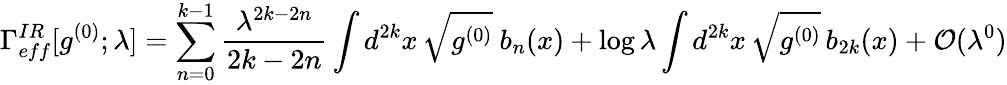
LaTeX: \Gamma_{eff}^{IR}[g^{(0)};\lambda]=\sum_{n=0}^{k-1}{\frac{\lambda^{2k-2n}}{2k-2n}}\int d^{2k}x\, \sqrt{g^{(0)}}\ b_{n}(x)+\log\lambda\int d^{2k}x\, \sqrt{g^{(0)}}\, b_{2k}(x)+{\cal O}(\lambda^{0})